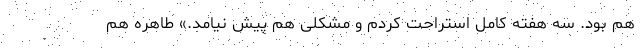
هم بود. سه هفته کامل استراحت کردم و مشکلی هم پیش نیامد.» طاهره هم